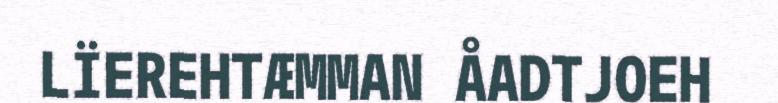
LÏEREHTÆMMAN ÅADTJOEH